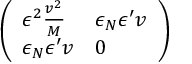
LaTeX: \left( \begin{array} { l l } { { \epsilon ^ { 2 } { \frac { v ^ { 2 } } { M } } } } & { { \epsilon _ { N } \epsilon ^ { \prime } v } } \\ { { \epsilon _ { N } \epsilon ^ { \prime } v } } & { { 0 } } \end{array} \right)